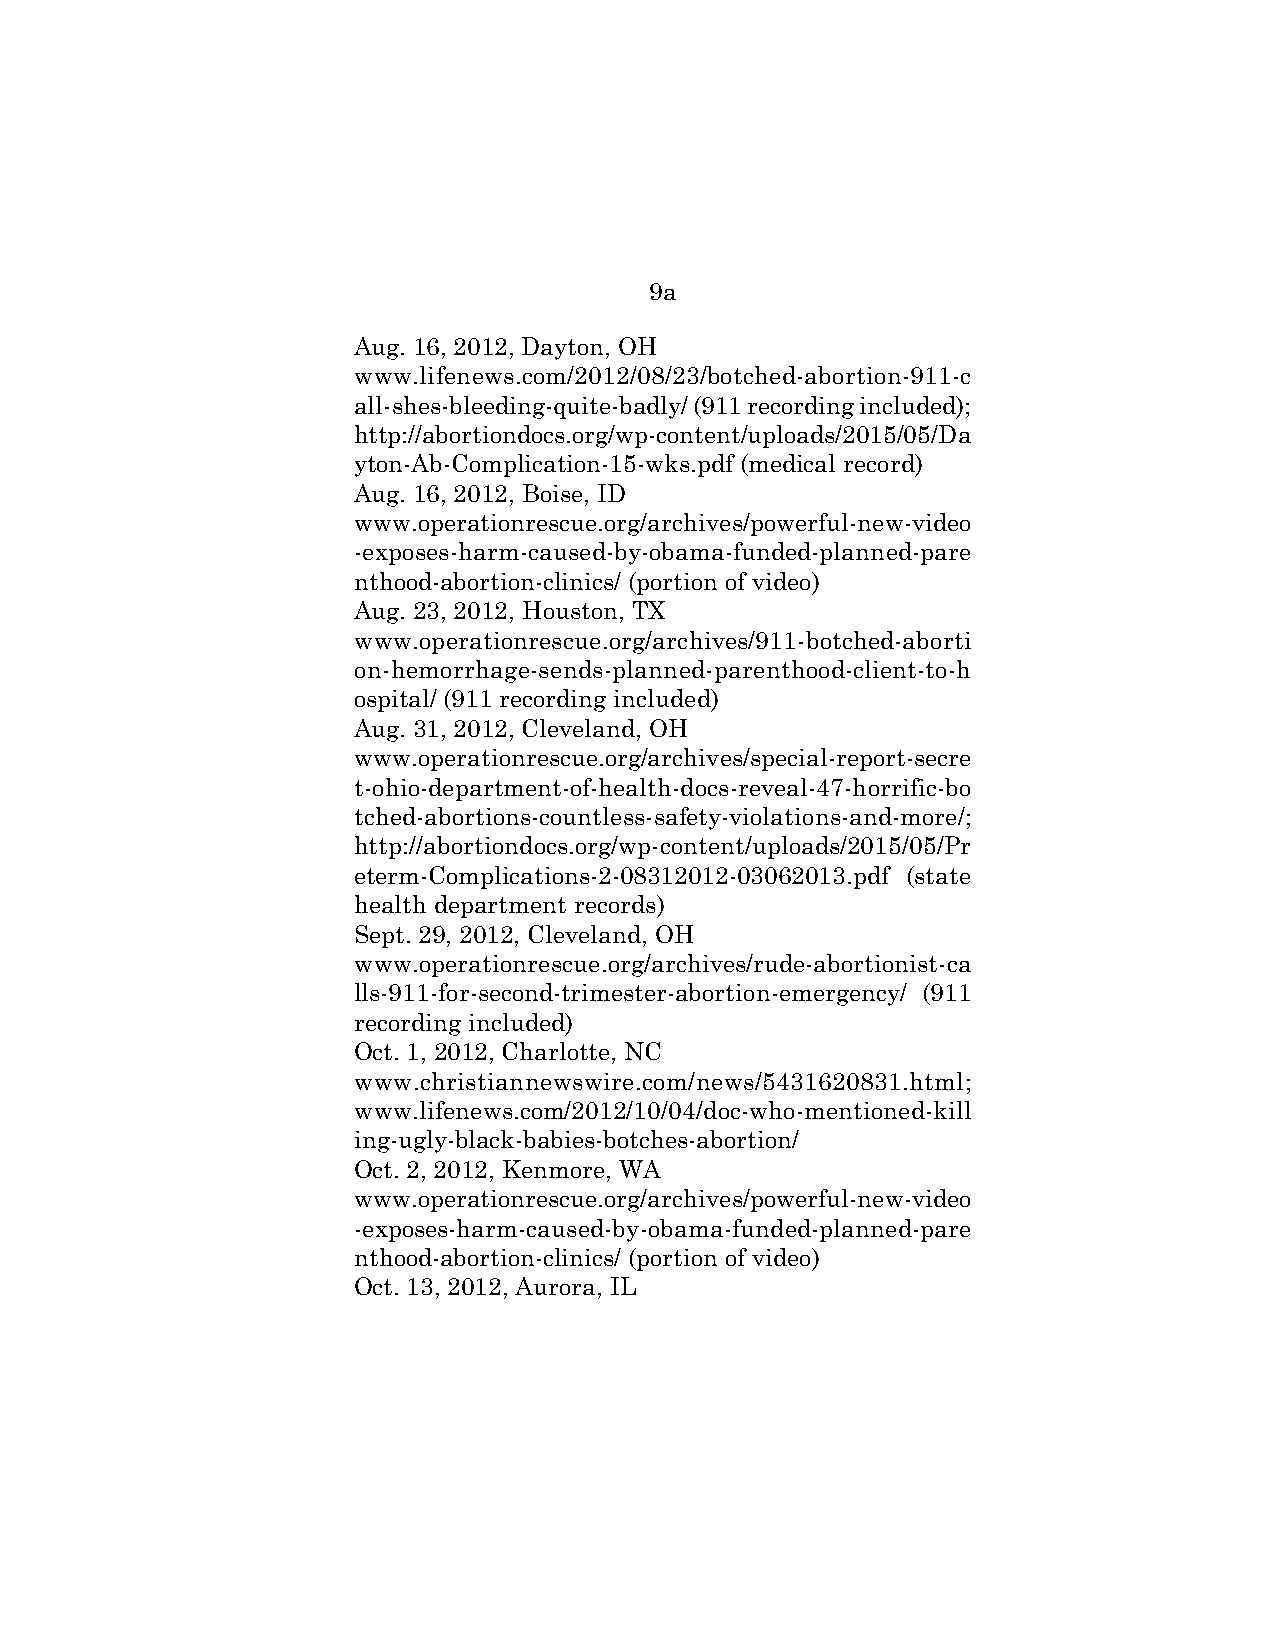
9a
 Aug. 16, 2012, Dayton, OH
 www.lifenews.com/2012/08/23/botched-abortion-911-c
 all-shes-bleeding-quite-badly/ (911 recording included);
 http://abortiondocs.org/wp-content/uploads/2015/05/Da
 yton-Ab-Complication-15-wks.pdf (medical record)
 Aug. 16, 2012, Boise, ID
 www.operationrescue.org/archives/powerful-new-video
 -exposes-harm-caused-by-obama-funded-planned-pare
 nthood-abortion-clinics/ (portion of video)
 Aug. 23, 2012, Houston, TX
 www.operationrescue.org/archives/911-botched-aborti
 on-hemorrhage-sends-planned-parenthood-client-to-h
 ospital/ (911 recording included)
 Aug. 31, 2012, Cleveland, OH
 www.operationrescue.org/archives/special-report-secre
 t-ohio-department-of-health-docs-reveal-47-horrific-bo
 tched-abortions-countless-safety-violations-and-more/;
 http://abortiondocs.org/wp-content/uploads/2015/05/Pr
 eterm-Complications-2-08312012-03062013.pdf (state
 health department records)
 Sept. 29, 2012, Cleveland, OH
 www.operationrescue.org/archives/rude-abortionist-ca
 lls-911-for-second-trimester-abortion-emergency/ (911
 recording included)
 Oct. 1, 2012, Charlotte, NC
 www.christiannewswire.com/news/5431620831.html;
 www.lifenews.com/2012/10/04/doc-who-mentioned-kill
 ing-ugly-black-babies-botches-abortion/
 Oct. 2, 2012, Kenmore, WA
 www.operationrescue.org/archives/powerful-new-video
 -exposes-harm-caused-by-obama-funded-planned-pare
 nthood-abortion-clinics/ (portion of video)
 Oct. 13, 2012, Aurora, IL